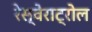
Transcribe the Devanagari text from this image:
रेस्वेराट्रोल